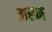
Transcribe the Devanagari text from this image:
अरन